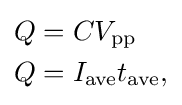
{\begin{aligned}&Q=CV_{\text{pp}}\\&Q=I_{\text{ave}}t_{\text{ave}},\end{aligned}}